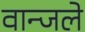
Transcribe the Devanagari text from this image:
वान्जले